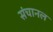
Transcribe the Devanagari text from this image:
संचानल